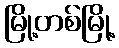
မြို့တစ်မြို့